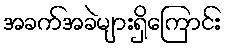
အခက်အခဲများရှိကြောင်း